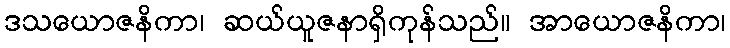
ဒသယောဇနိကာ၊ ဆယ်ယူဇနာရှိကုန်သည်။ အာယောဇနိကာ၊